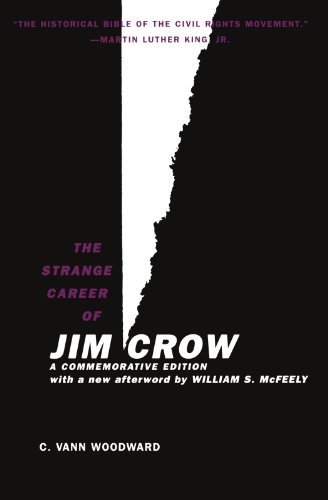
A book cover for The Strange Career of Jim Crow; C. Vann Woodward; Biographies & Memoirs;